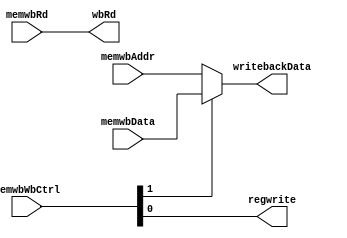

/************************* WRITE-BACK STAGE *****************************
*
* Stage-5 of the pipeline
*
*************************************************************************/

module stage5(
    // Data from previous stage
    // ** memwbWb register address take from previous stage output
    input[31:0] memwbData, memwbAddr,
	input [4:0] memwbRd,  // writeback register

    // CONTROL SIGNALS
    input [1:0] memwbWbCtrl,


    output regwrite, // writeback??
    output[31:0] writebackData, // writeback data
    output [4:0] wbRd  // writeback register (forward)
);

    // memwbWbCtrl[1] -> signal to select data or address from previous stage
    // memwbWbCtrl[0] -> writeback signal to control writes to regfile(forward)
    assign regwrite = memwbWbCtrl[0];
    assign writebackData = memwbWbCtrl[1] ? memwbData : memwbAddr;
    assign wbRd = memwbRd;
    
endmodule